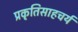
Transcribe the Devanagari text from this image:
प्रकृतिसाहचर्य